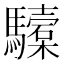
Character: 驝